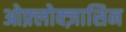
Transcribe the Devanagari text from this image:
ओफ़्लोक्ज़ासिन